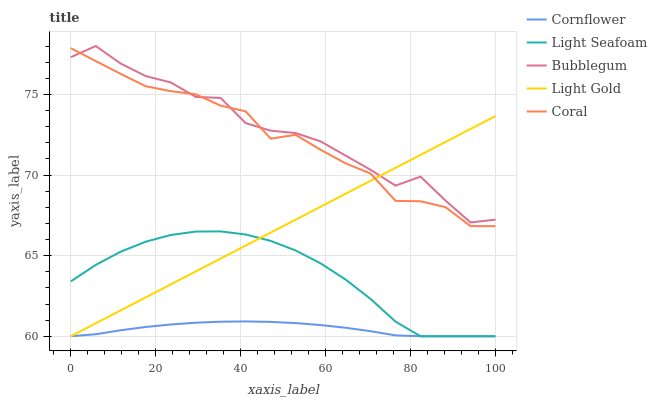
| xaxis_label | Cornflower | Light Seafoam | Bubblegum | Light Gold | Coral |
 | --- | --- | --- | --- | --- | --- |
 | 0 | 60 | 63.4 | 77.3 | 60 | 77.9 |
 | 5.88 | 60.1 | 64.4 | 78 | 60.8 | 77.1 |
 | 11.8 | 60.4 | 65.2 | 76.9 | 61.6 | 76.3 |
 | 17.6 | 60.6 | 65.9 | 76.1 | 62.4 | 75.5 |
 | 23.5 | 60.7 | 66.3 | 75.7 | 63.2 | 75.2 |
 | 29.4 | 60.8 | 66.5 | 74.8 | 64 | 75 |
 | 35.3 | 60.9 | 66.5 | 74.8 | 64.8 | 74.3 |
 | 41.2 | 60.9 | 66.3 | 73.2 | 65.6 | 73.9 |
 | 47.1 | 60.9 | 65.9 | 72.7 | 66.4 | 72.3 |
 | 52.9 | 60.8 | 65.3 | 72.6 | 67.2 | 72.5 |
 | 58.8 | 60.7 | 64.5 | 72.1 | 68 | 71.6 |
 | 64.7 | 60.5 | 63.5 | 71.2 | 68.8 | 70.7 |
 | 70.6 | 60.3 | 62.3 | 70.3 | 69.6 | 70.1 |
 | 76.5 | 60.1 | 60.9 | 69.3 | 70.4 | 68.4 |
 | 82.4 | 60 | 60 | 69.9 | 71.2 | 68.4 |
 | 88.2 | 60 | 60 | 68.4 | 72 | 68 |
 | 94.1 | 60 | 60 | 67.1 | 72.9 | 66.8 |
 | 100 | 60 | 60 | 67.2 | 73.7 | 66.8 |